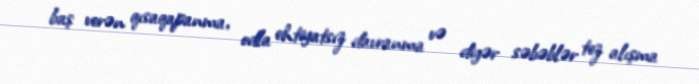
baş verən qısaqapanma, odla ehtiyatsız davranma və digər səbəblər tez alışma